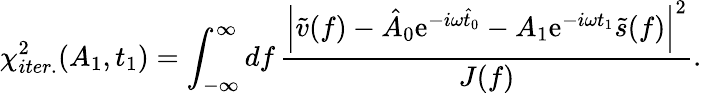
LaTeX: \chi_{iter.}^{2}(A_{1},t_{1})=\int_{-\infty}^{\infty}\mathop{df}\frac{\left|\tilde{v}(f)-\hat{A}_{0}\mathrm{e}^{-i\omega\hat{t}_{0}}-A_{1}\mathrm{e}^{-i\omega t_{1}}\tilde{s}(f)\right|^{2}}{J(f)}.